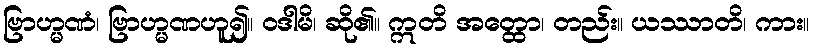
ဗြာဟ္မဏံ၊ ဗြာဟ္မဏဟူ၍။ ဝဒါမိ၊ ဆို၏။ ဣတိ အတ္ထော၊ တည်း။ ယဿာတိ၊ ကား။